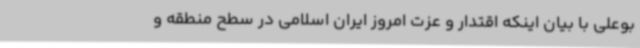
بوعلی با بیان اینکه اقتدار و عزت امروز ایران اسلامی در سطح منطقه و